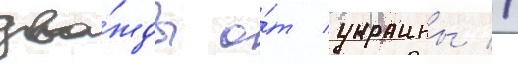
два́жды о́т украины //